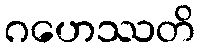
ဂဟေဿတိ